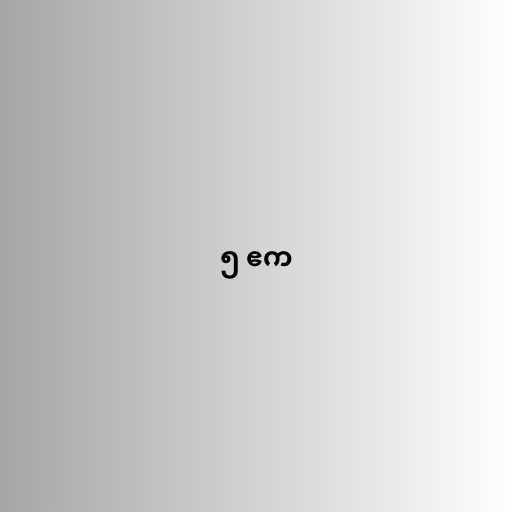
၅ ဧက